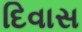
દિવાસ